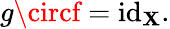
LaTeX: g\circf=\operatorname{id}_{\mathbf{X}}.